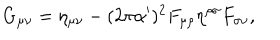
G _ { \mu \nu } = \eta _ { \mu \nu } - ( 2 \pi \alpha ^ { \prime } ) ^ { 2 } F _ { \mu \rho } \eta ^ { \rho \sigma } F _ { \sigma \nu } ,